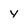
Character: y